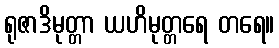
ရုဇာဒိမုတ္တာ ယဟိမုတ္တရေ တရေ။